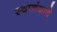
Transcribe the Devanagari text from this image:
स्वानंदाचे